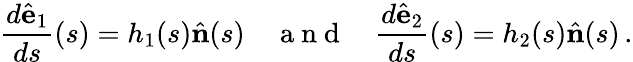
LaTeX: \frac{d\hat{\mathbf{e}}_{1}}{ds}(s)=h_{1}(s)\hat{\mathbf{n}}(s)\quad\mathrm{~a~n~d~}\quad\frac{d\hat{\mathbf e}_{2}}{ds}(s)=h_{2}(s)\hat{\mathbf n}(s)\, .